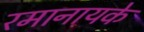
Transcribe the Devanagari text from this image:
रमानायके